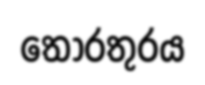
තොරතුරය